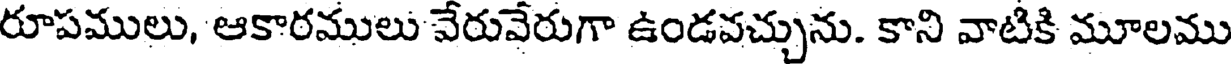
రూపములు, ఆకారములు వేరువేరుగా ఉండవచ్చును. కాని వాటికి మూలము